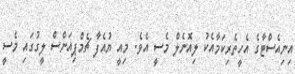
އިނިއެސްޓާގެ އެހީތެރިކަމާއެކު ލިއޮނެލް މެސީ އެވެ. މިއީ ޔުއެފާ ޗެމްޕިއަންސް ލީގުގައި މެސީ